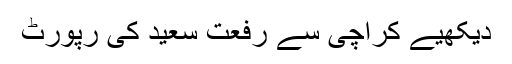
دیکھیے کراچی سے رفعت سعید کی رپورٹ